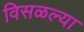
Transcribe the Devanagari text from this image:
विसळल्या